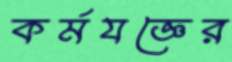
কর্মযজ্ঞের